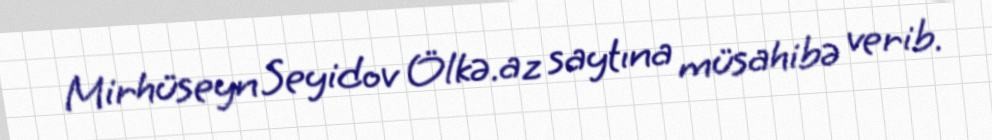
Mirhüseyn Seyidov Ölkə.az saytına müsahibə verib.